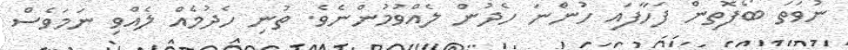
ނުވަތަ ބޯފޮތިން ފަހާފައި ހުންނަ ހެދުން ލެއްވުމުންނެވެ. ތުނި ހެދުމެއް ލެއްވި ނަމަވެސް